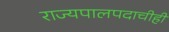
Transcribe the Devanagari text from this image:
राज्यपालपदाचीही